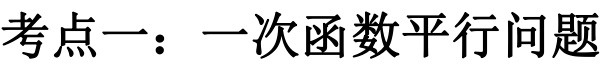
考点一：一次函数平行问题